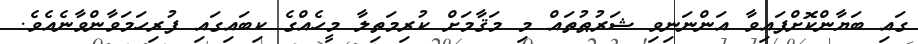
ގައި ބަޔާންކޮށްފައިވާ އަންނަނިވި ޝަރުޠުތައް މި މަޤާމަށް ކުރިމަތިލާ މީހެއްގެ ކިބައިގައި ފުރިހަމަވާންވާނެއެވެ.